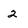
Character: 2